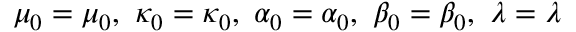
\mu _ { 0 } = \mu _ { 0 } , \ \kappa _ { 0 } = \kappa _ { 0 } , \ \alpha _ { 0 } = \alpha _ { 0 } , \ \beta _ { 0 } = \beta _ { 0 } , \ \lambda = \lambda